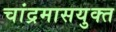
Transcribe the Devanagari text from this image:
चांद्रमासयुक्त